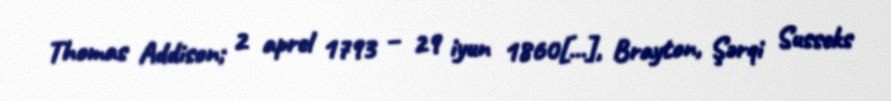
Thomas Addison; 2 aprel 1793 – 29 iyun 1860[…], Brayton, Şərqi Susseks